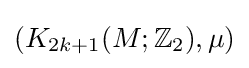
(K_{2k+1}(M;\mathbb {Z} _{2}),\mu )